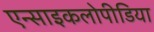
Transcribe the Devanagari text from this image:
एन्साइकलोपीडिया